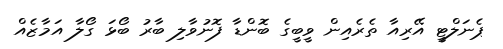
ޕެނަލްޓީ އޭރިއާ ތެރެއިން ވީބީގެ ބޮންޑާ ފޮނުވާލި ބާރު ބޯޅަ ގޯލާ އަމާޒެއް